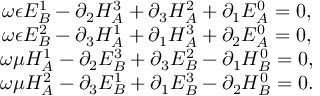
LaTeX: \begin{array} { c } { { \omega \epsilon E _ { B } ^ { 1 } - \partial _ { 2 } H _ { A } ^ { 3 } + \partial _ { 3 } H _ { A } ^ { 2 } + \partial _ { 1 } E _ { A } ^ { 0 } = 0 , } } \\ { { \omega \epsilon E _ { B } ^ { 2 } - \partial _ { 3 } H _ { A } ^ { 1 } + \partial _ { 1 } H _ { A } ^ { 3 } + \partial _ { 2 } E _ { A } ^ { 0 } = 0 , } } \\ { { \omega \mu H _ { A } ^ { 1 } - \partial _ { 2 } E _ { B } ^ { 3 } + \partial _ { 3 } E _ { B } ^ { 2 } - \partial _ { 1 } H _ { B } ^ { 0 } = 0 , } } \\ { { \omega \mu H _ { A } ^ { 2 } - \partial _ { 3 } E _ { B } ^ { 1 } + \partial _ { 1 } E _ { B } ^ { 3 } - \partial _ { 2 } H _ { B } ^ { 0 } = 0 . } } \end{array}